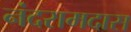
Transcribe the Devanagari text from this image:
नंदरामदास